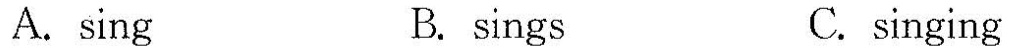
A.sing B. sings C.singing